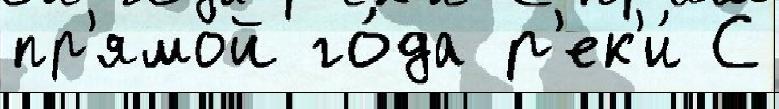
пр'ямо́й го́да р'ек'и́ С